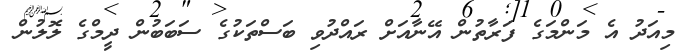
މިއަދު އެ މަންމަގެ ފަރާތުން އޭނާއަށް ރައްދުވި ބަސްތަކުގެ ސަބަބުން ދީމްގެ ލޮލުން